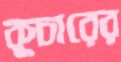
কুচারের